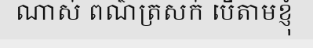
ណាស់ ពណ៌ត្រសក់ បើតាមខ្ញុំ